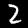
Digit: 2